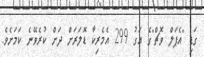
ގަޑި "އެޕަލް ވޮޗް"ގެ އަގު 299 އެމެރިކާ ޑޮލަރަށް ދަށް ކުރެވޭނެ ކަމަށެވެ.